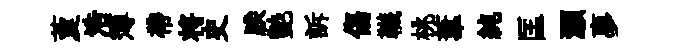
藑浩簿帶将史朕艶訴傷韈桃葦純匡灝夣